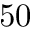
5 0